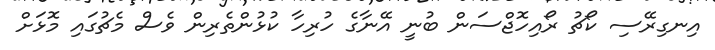
އިނގިރޭސި ކޯޗު ރޯއިހޮޖްސަން ބުނީ އޭނާގެ ހުރިހާ ކުޅުންތެރިން ވެސް މެޗުގައި މޮޅަށް